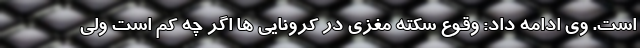
است. وی ادامه داد: وقوع سکته مغزی در کرونایی ها اگر چه کم است ولی